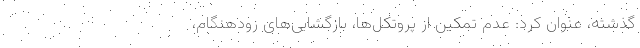
گذشته، عنوان کرد: عدم تمکین از پروتکل‌ها، بازگشایی‌های زودهنگام،